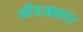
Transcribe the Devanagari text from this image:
जाँचआहार